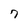
Character: 7